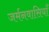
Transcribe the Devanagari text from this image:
जर्मनवासियाँ